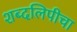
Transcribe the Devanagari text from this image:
शब्दलिपीचा